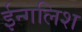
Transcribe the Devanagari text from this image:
ईन्गलिश